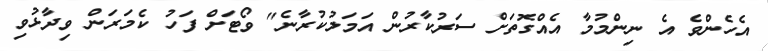
އެހެންވެ އެ ނިންމުމާ އެއްގޮތަށް ސަރުކާރުން އަމަލުކުރާނެ" ވޯޓަށް ފަހު ކެމަރަން ވިދާޅުވި